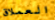
العملاق